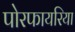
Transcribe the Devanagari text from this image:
पोरफायरिया